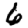
Digit: 6